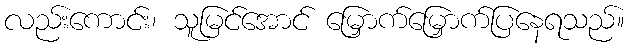
လည်းကောင်း၊ သူမြင်အောင် မြှောက်မြှောက်ပြနေရသည်။